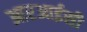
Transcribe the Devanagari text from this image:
आरआईसी